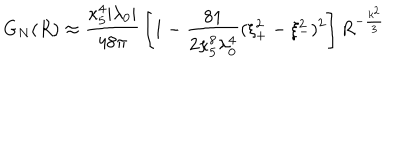
LaTeX: G _ { N } ( R ) \approx { \frac { \kappa _ { 5 } ^ { 4 } | \lambda _ { 0 } | } { 4 8 \pi } } \left[ 1 - { \frac { 8 1 } { 2 \kappa _ { 5 } ^ { 8 } \lambda _ { 0 } ^ { 4 } } } ( \xi _ { + } ^ { 2 } - \xi _ { - } ^ { 2 } ) ^ { 2 } \right] R ^ { - \frac { k ^ { 2 } } { 3 } }